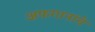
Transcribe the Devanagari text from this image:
अफगानांचे